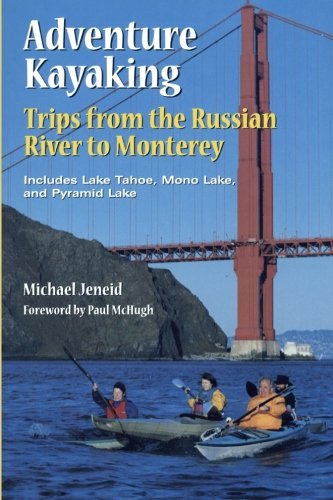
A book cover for Adventure Kayaking: Russian River Monterey; Michael Jeneid; Travel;